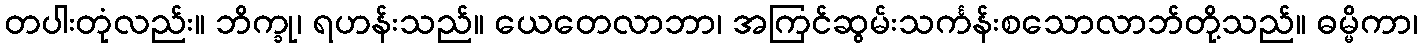
တပါးတုံလည်း။ ဘိက္ခု၊ ရဟန်းသည်။ ယေတေလာဘာ၊ အကြင်ဆွမ်းသင်္ကန်းစသောလာဘ်တို့သည်။ ဓမ္မိကာ၊